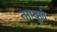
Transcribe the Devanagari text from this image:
ताम्बूलं